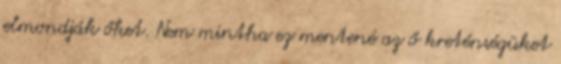
elmondják őket. Nem mintha ez mentené az ő kreténségüket